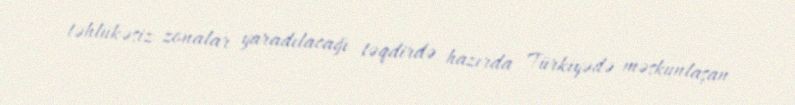
təhlükəsiz zonalar yaradılacağı təqdirdə hazırda Türkiyədə məskunlaşan